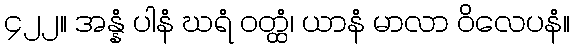
၄၂၂။ အန္နံ ပါနံ ဃရံ ဝတ္ထံ၊ ယာနံ မာလာ ဝိလေပနံ။